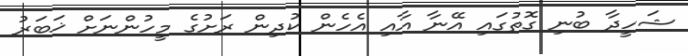
ޝަހީދާ ބުނި ގޮތުގައި އޭނާ އާއި އެހެން ކުދިން ރަށުގެ މީހުންނަށް ޚަބަރު